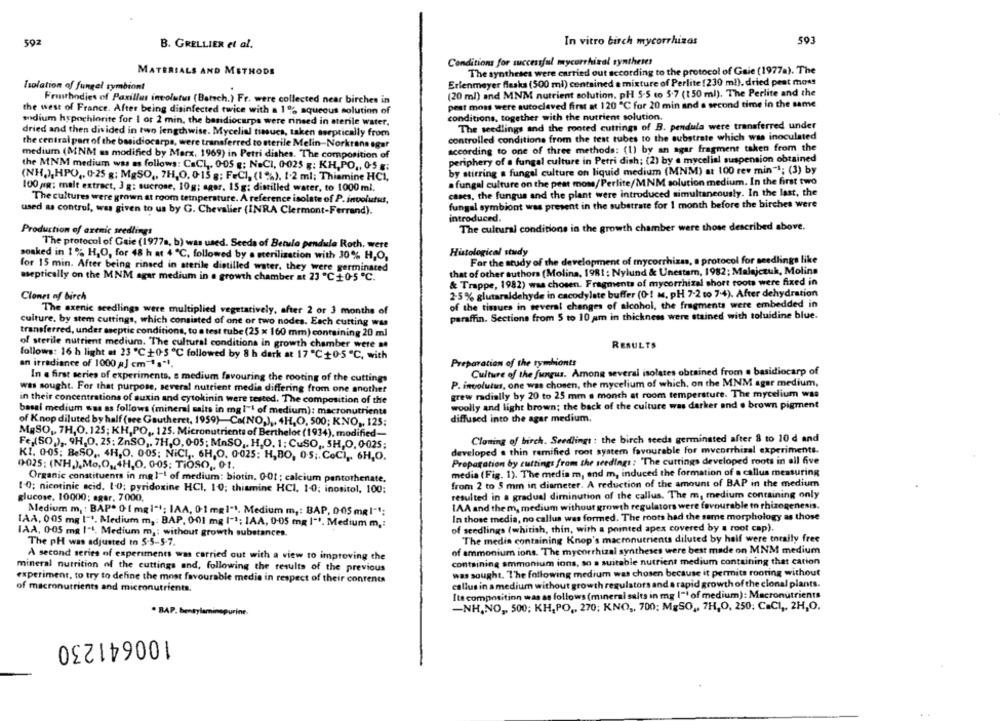
592
In vitro birch mycorrhizas
50
B. GRELLIER et al.
Conditions for successful mycorrhival syntheses
MATERIALS AND METHODE
The syntheses were carried out according to the protocol of Gaie (1977a). The
Isolation of fungel symbiont
Erlenmeyer flaska (500 ml) contained a mixture of Perlite [230 ml). dried pest moms
(20 ml) and MNM nutrient solution, pH 5-5 to 5.7 (150 ml). The Perlite and the
Fronthodies of Paxillus involutus (Batsch.) Fr. were collected near birches in
pest moss were autoclaved first at 120 ℃ for 20 min and a second time in the same
the west of France. After being disinfected twice with a 1% aqueous solution of
conditions, together with the nutrient solution.
sodium hypochlorite for 1 or 2 min, the basidiocarpa were rinsed in sterile water.
The seedlings and the rooted cuttings of B. pendula were transferred under
dried and then divided in two lengthwise. Mycelial tissues, taken aseptically from
controlled conditions from the test tubes to the substrate which was inoculated
the central part of the basidiocarpa, were transferred to sterile Melin-Norkrans agur
according to one of three methods: (1) by an agar fragment taken from the
medium (MNM as modified by Marx. 1969) in Petri dishes. The composition of
periphery of a fungal culture in Petri dish; (2) by a mycelial suspension obtained
the MNM medium was as follows: CaCL. 0-05 g; NaCI, 0-025 g: KH,PO ,, 0-5 g;
by stirring a fungal culture on liquid medium (MNM) at 100 rev min" !; (3) by
(NH.),HPO ,, 0-25 g; MgSO ,, 7H,0, 0-15 g; F=CI, (1 %), 1.2 ml; Thiamine HCI,
. fungal culture on the peat mom/ Perlite/MNM solution medium. In the first two
100 NR: malt extract, 3 g: sucrose, 10g; agor, 15g; distilled water, to 1000 ml.
cases, the fungus and the plant were introduced simultaneously. In the last, the
The cultures were grown at room tetnperature. A reference isolate of P. involutus,
fungal symbiont was present in the substrate for 1 month before the birches were
used as control, was given to us by G. Chevalier (INRA Clermont-Ferrand).
introduced.
Production of axenic seedlings
The cultural conditions in the growth chamber were those described above.
The protocol of Gaie (1977a, b) was used. Seeds of Betula pendula Roth, were
Histological study
soaked in 1 % H,O, for 48 h at 4 ℃, followed by a sterilization with 30% H,O,
For the study of the development of mycorrhizas, a protocol for seedlings like
for 15 min. After being rinsed in sterile distilled water, they were germinated
that of other authors (Molina, 1981 : Nylund & Unestam, 1982; Malajczuk, Molina
aseptically on the MNM agar medium in a growth chamber at 23 ℃ +0-5 ℃.
& Trappe, 1982) was chosen. Fragments of mycorrhizal short roots were fixed in
Clones nf birch
2-5 % glutaraldehyde in cacodylate buffer (0-1 m. pH 7-2 to 7.4). After dehydration
The axenic seedlings were multiplied vegetatively, after 2 or 3 months of
of the tisues in several changes of alcohol, the fragments were embedded in
paraffin. Sections from 5 to 10 am in thickness were stained with toluidine blue.
culture. by stem cuttings, which consisted of one or two nodes. Each cutting was
transferred, under aseptic conditions, to a test tube (25 x 160 mm) containing 20 ml
of sterile nutrient medium. The cultural conditions in growth chamber were se
RESULTS
follows: 16 h light at 23 ℃+0-5 ℃ followed by 8 h dark at 17 "℃ +0-5 ℃, with
an irradiance of 1000 aJ cm""s"1.
Preparation of the tymhionts
Culture of the fungus. Among several isolates obtained from . basidiocarp of
In a first series of experiments, a medium favouring the rooting of the cuttings
P. involutas, one was chosen, the mycelium of which, on the MNM ager medium,
was sought. For that purpose, several nutrient media differing from one another
grew radially by 20 to 25 mm a month at room temperature. The mycelium was
in their concentrations of auxin and cytokinin were tested. The composition of the
woolly and light brown; the back of the culture was darker and o brown pigment
basal medium was as follows (mineral salts in mg l"l of medium): macronutrients
diffused into the agar medium.
of Knop diluted by half (see Gautheret, 1959)-Ca(NO,) ,. 4H,O, 500; KNO ,, 125:
MgSO ,, 7H,O.125; KH,PO ,, 125. Micronutrients of Berthelot (1934), modified-
Cloning of birch. Seedlings : the birch seeds germinated after 8 to 10 d and
Fex(SO) ,. 9H.O. 25; ZnSO ,. 7H,0,0-05; MASO ,. H.O. 1; CuSO ,, SH,O, 0-025;
developed a thin ramified root system favourable for mycorrhizal experiments.
KI. 0-05: BeSO ,. 4H,O. 005; NiCI ,. 6H,O, 0-025: H,BO, 05 ;. CoCI ,. 6H,O.
Propagation by cuttings from the seedings: "The cuttings developed roots in all five
0-025; (NH.),Mo,O ,, 4H,0, 0-05; TiOSO ,, 01.
media (Fig. 1). The media m, and m, induced the formation of a callus measuring
Organic constituents in mg1 -! of medium: biotin. 001 ; calcium pantothenate.
from 2 to 5 mm in diameter. A reduction of the amount of BAP in the medium
10; nicotinic acid. 1.0; pyridoxine HCI, 10; thiamine HCI, 10; inositol, 100:
glucose. 10000: ager, 7000.
resulted in a gradual diminution of the callus. The m, medium containing only
IAA and the m, medium without growth regulators were favourable to rhizogenesis.
Medium m, : BAP· 0 [ mg1"1; IAA, 0-1 mg 1"1. Medium m ,: BAP, 0:05 mg I"1:
In those media, no callus was formed. The roots had the same morphology as those
IAA, 005 mg (" *. Medium m, : BAP, 0-01 mg 1"1; IAA, 0-05 mg 1" *. Medium m .:
IAA, 0:05 mg 1"4. Medium m ,: without growth substances.
of seedlings (whitish, thin, with a pointed apex covered by a root cap).
The medin containing Knop's macronutrients diluted by half were totally free
The pH was adjusted to 5-5-5-7.
A second series of experiments was carried out with a view to improving the
of ammonium ions. The mycorrhizal syntheses were best made on MNM medium
containing ammonium ions, so a suitable nutrient medium containing that cation
mineral nutrition of the cuttings and, following the results of the previous
was sought. The following medium was chosen because it permits rooting without
experiment, to try to define the most favourable media in respect of their contents
callus in a medium without growth regulators and a rapid growth of the clonal plants.
of macronutrients and micronutrients.
Its composition was as follows (mineral salts in mg I"' of medium): Macronutrients
-NH,NO ,, 500; KH,PO ,, 270; KNO ,, 700; MgSO ,, 7H,0, 250; C=CI ,, 2H,O.
. BAP. hentylaminepurine-
100641230